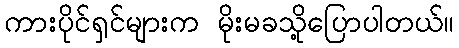
ကားပိုင်ရှင်များက မိုးမခသို့ပြောပါတယ်။